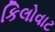
કિલોવાટ